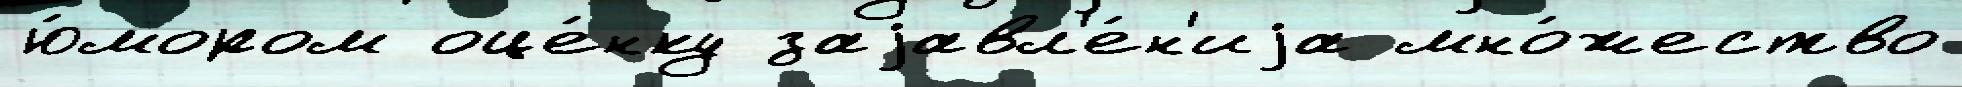
ю́мором оце́нку заjавл'е́н'иjа мно́жество